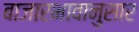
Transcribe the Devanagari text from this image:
बाजारभावानुसार